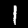
Digit: 1